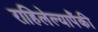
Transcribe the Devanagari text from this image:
राहिलेल्यापैंकी